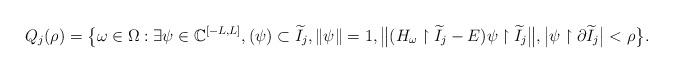
LaTeX: \begin{align*}Q_{j}(\rho)=\big\{\omega\in \Omega: \exists \psi\in\mathbb{C}^{[-L,L]}, (\psi)\subset \widetilde{I}_{j},\|\psi\|=1,\big\|(H_{\omega}\upharpoonright \widetilde{I}_{j}-E)\psi\upharpoonright{\widetilde{I}_{j}}\big\|,\big|\psi\upharpoonright{\partial \widetilde{I}_{j}}\big|<\rho\big\}.\end{align*}